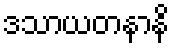
ဒသာယတနာနိ